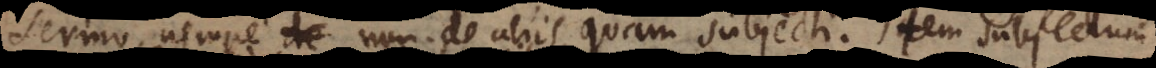
sermo, nempe non de aliis quam subjecti. Item subjectum